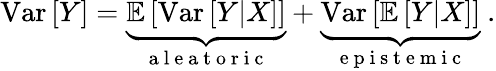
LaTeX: \mathrm{Var}\left[Y\right]=\underbrace{\mathbb{E}\left[\mathrm{Var}\left[Y|X\right]\right]}_{\mathrm{~a~l~e~a~t~o~r~i~c~}}+\underbrace{\mathrm{Var}\left[\mathbb{E}\left[Y|X\right]\right]}_{\mathrm{~e~p~i~s~t~e~m~i~c~}}\ .